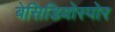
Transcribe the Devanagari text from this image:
बेसिडियोस्पोर